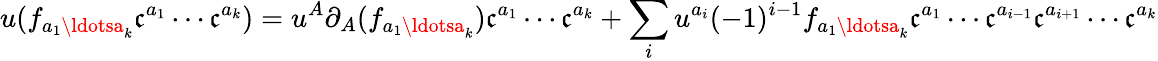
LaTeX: u(f_{a_{1}\ldotsa_{k}}\mathfrak{c}^{a_{1}}\cdots\mathfrak{c}^{a_{k}})=u^{A}\partial_{A}(f_{a_{1}\ldotsa_{k}})\mathfrak{c}^{a_{1}}\cdots\mathfrak{c}^{a_{k}}+\sum_{i}u^{a_{i}}(-1)^{i-1}f_{a_{1}\ldotsa_{k}}\mathfrak{c}^{a_{1}}\cdots\mathfrak{c}^{a_{i-1}}\mathfrak{c}^{a_{i+1}}\cdots\mathfrak{c}^{a_{k}}